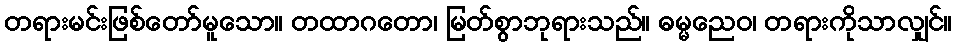
တရားမင်းဖြစ်တော်မူသော။ တထာဂတော၊ မြတ်စွာဘုရားသည်။ ဓမ္မညေဝ၊ တရားကိုသာလျှင်။